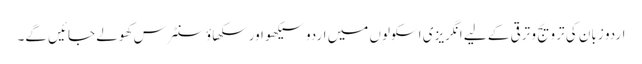
اردو زبان کی ترویج و ترقی کے لیے انگریزی اسکولوں میں اردو سیکھو اور سکھاؤ سنٹرس کھولے جائیں گے۔